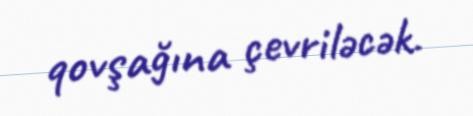
qovşağına çevriləcək.